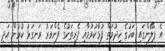
އެ ޕްލޭންގައި ބަހުގެ ހިދުމަތް ފުޅާކުރުމާއި ފެރީތަކުގެ ފެންވަރު ރަނގަޅު ކުރުން އަދި